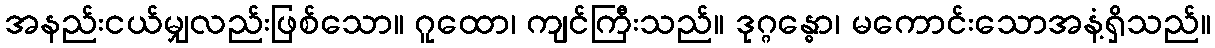
အနည်းငယ်မျှလည်းဖြစ်သော။ ဂူထော၊ ကျင်ကြီးသည်။ ဒုဂ္ဂန္ဓော၊ မကောင်းသောအနံ့ရှိသည်။